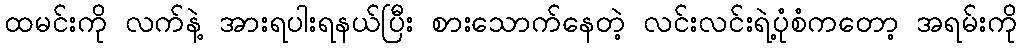
ထမင်းကို လက်နဲ့ အားရပါးရနယ်ပြီး စားသောက်နေတဲ့ လင်းလင်းရဲ့ပုံစံကတော့ အရမ်းကို